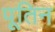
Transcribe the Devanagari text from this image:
पूतिन